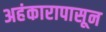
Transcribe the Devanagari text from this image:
अहंकारापासून